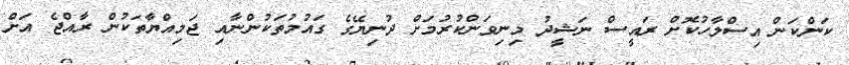
ކަންކަން އިސްލާހުކޮށް ރައީސް ނަޝީދު މިނިވަންކުރުމަށް ދުނިޔޭގެ ގައުމުތަކުންނާއި ޖަމިއްޔާތަކުން ރާއްޖެ އަށް